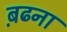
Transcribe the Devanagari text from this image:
ब़ढना